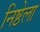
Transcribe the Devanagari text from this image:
निष्ठेला